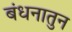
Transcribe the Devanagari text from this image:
बंधनातुन